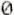
0